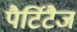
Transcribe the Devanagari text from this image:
पैर्टिटैज